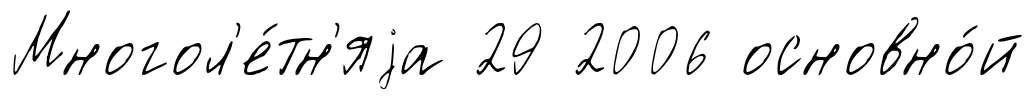
Многол'е́тн'яjа 29 2006 основно́й